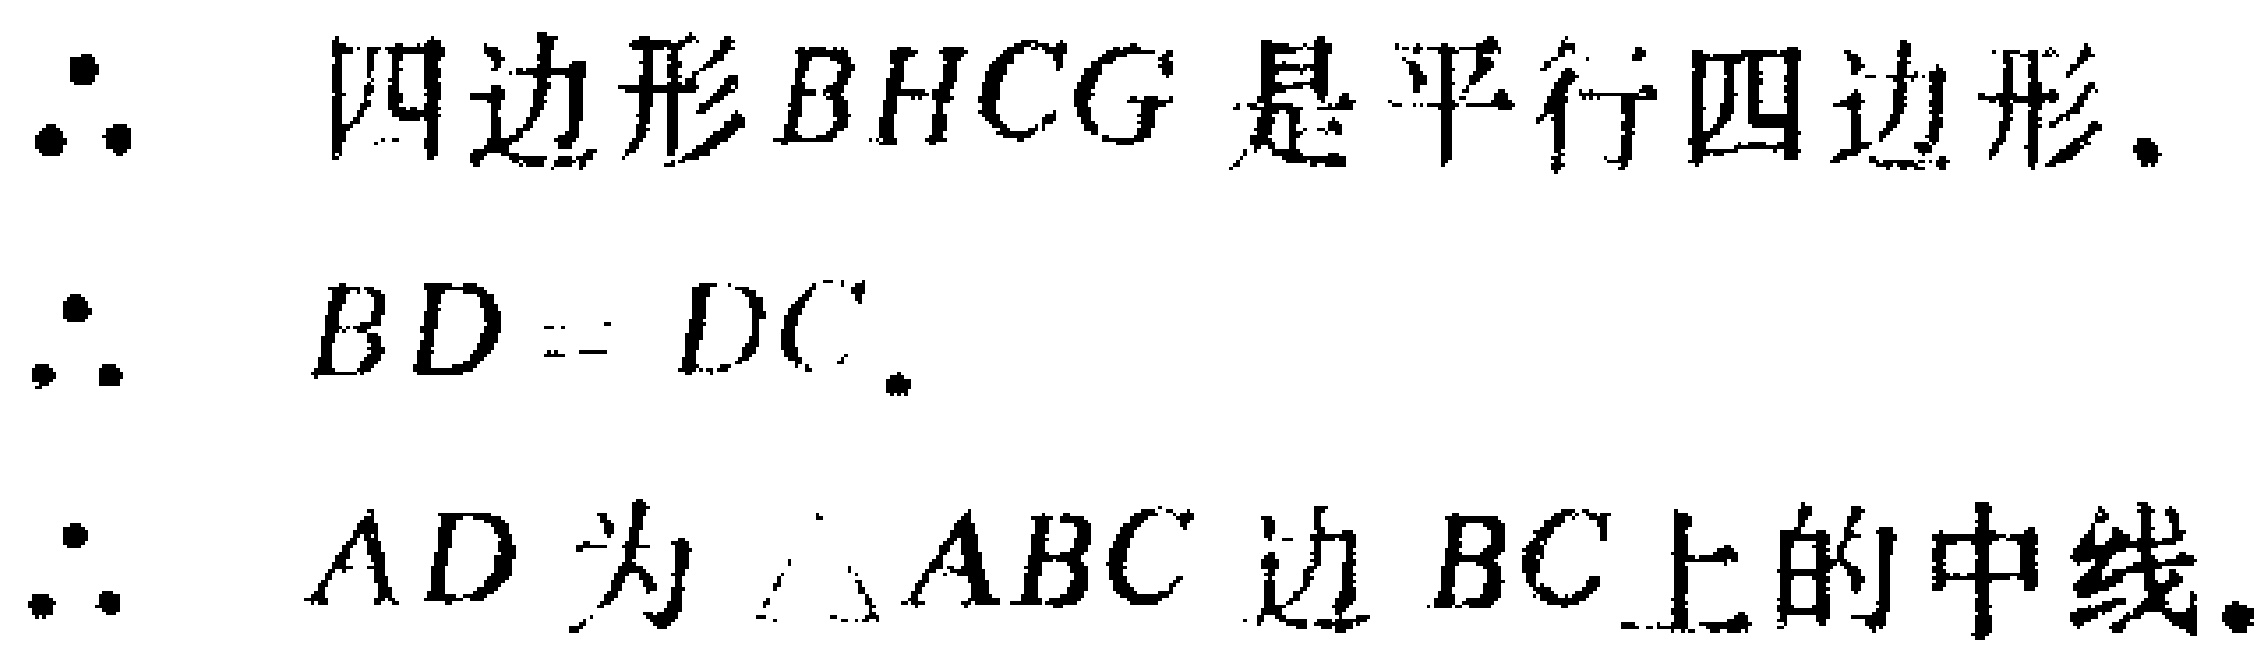
\begin{enumerate}

\item 四边形$BHCG$是平行四边形.

\item $BD = DC$.

\item $AD$为$\triangle ABC$边$BC$上的中线.

\end{enumerate}